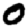
Digit: 0